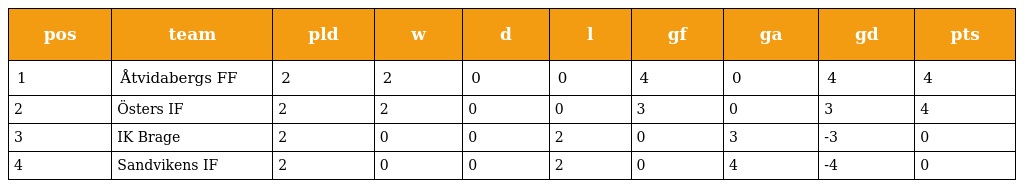
| pos | team | pld | w | d | l | gf | ga | gd | pts |
 | --- | --- | --- | --- | --- | --- | --- | --- | --- | --- |
 | 1 | Åtvidabergs FF | 2 | 2 | 0 | 0 | 4 | 0 | 4 | 4 |
 | 2 | Östers IF | 2 | 2 | 0 | 0 | 3 | 0 | 3 | 4 |
 | 3 | IK Brage | 2 | 0 | 0 | 2 | 0 | 3 | -3 | 0 |
 | 4 | Sandvikens IF | 2 | 0 | 0 | 2 | 0 | 4 | -4 | 0 |